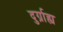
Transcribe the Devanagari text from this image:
दुर्ग्राह्य